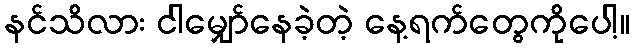
နင်သိလား ငါမျှော်နေခဲ့တဲ့ နေ့ရက်တွေကိုပေါ့။